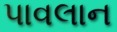
પાવલાન